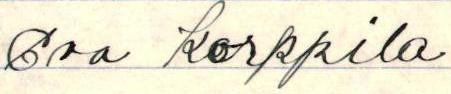
Esa Korppila